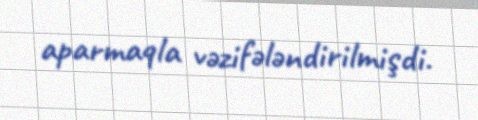
aparmaqla vəzifələndirilmişdi.